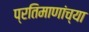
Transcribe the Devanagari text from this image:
प्रतिमाणांच्या